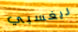
ريغسبي